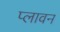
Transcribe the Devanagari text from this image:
प्‍लावन